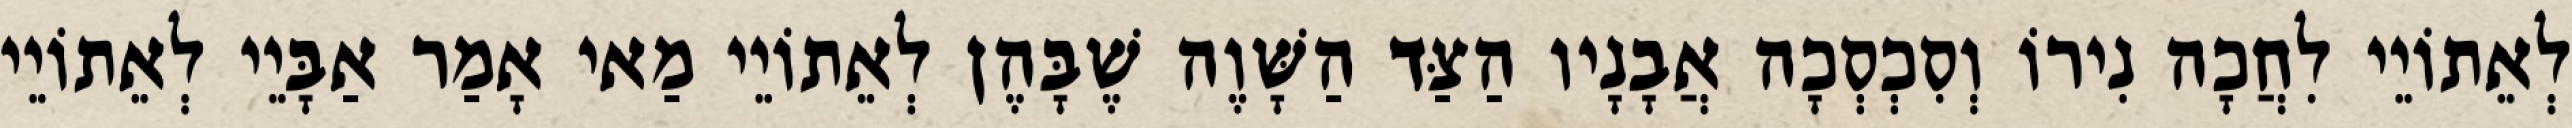
לְאֵתוֹיֵי לִחֲכָה נִירוֹ וְסִכְסְכָה אֲבָנָיו הַצַּד הַשָּׁוֶה שֶׁבָּהֶן לְאֵתוֹיֵי מַאי אָמַר אַבָּיֵי לְאֵתוֹיֵי